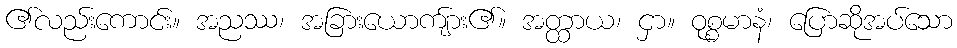
၏လည်းကောင်း။ အညဿ၊ အခြားယောကျ်ား၏။ အတ္ထာယ၊ ငှာ။ ဝုစ္စမာနံ၊ ပြောဆိုအပ်သော